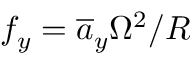
f _ { y } = \overline { { a } } _ { y } \Omega ^ { 2 } / R